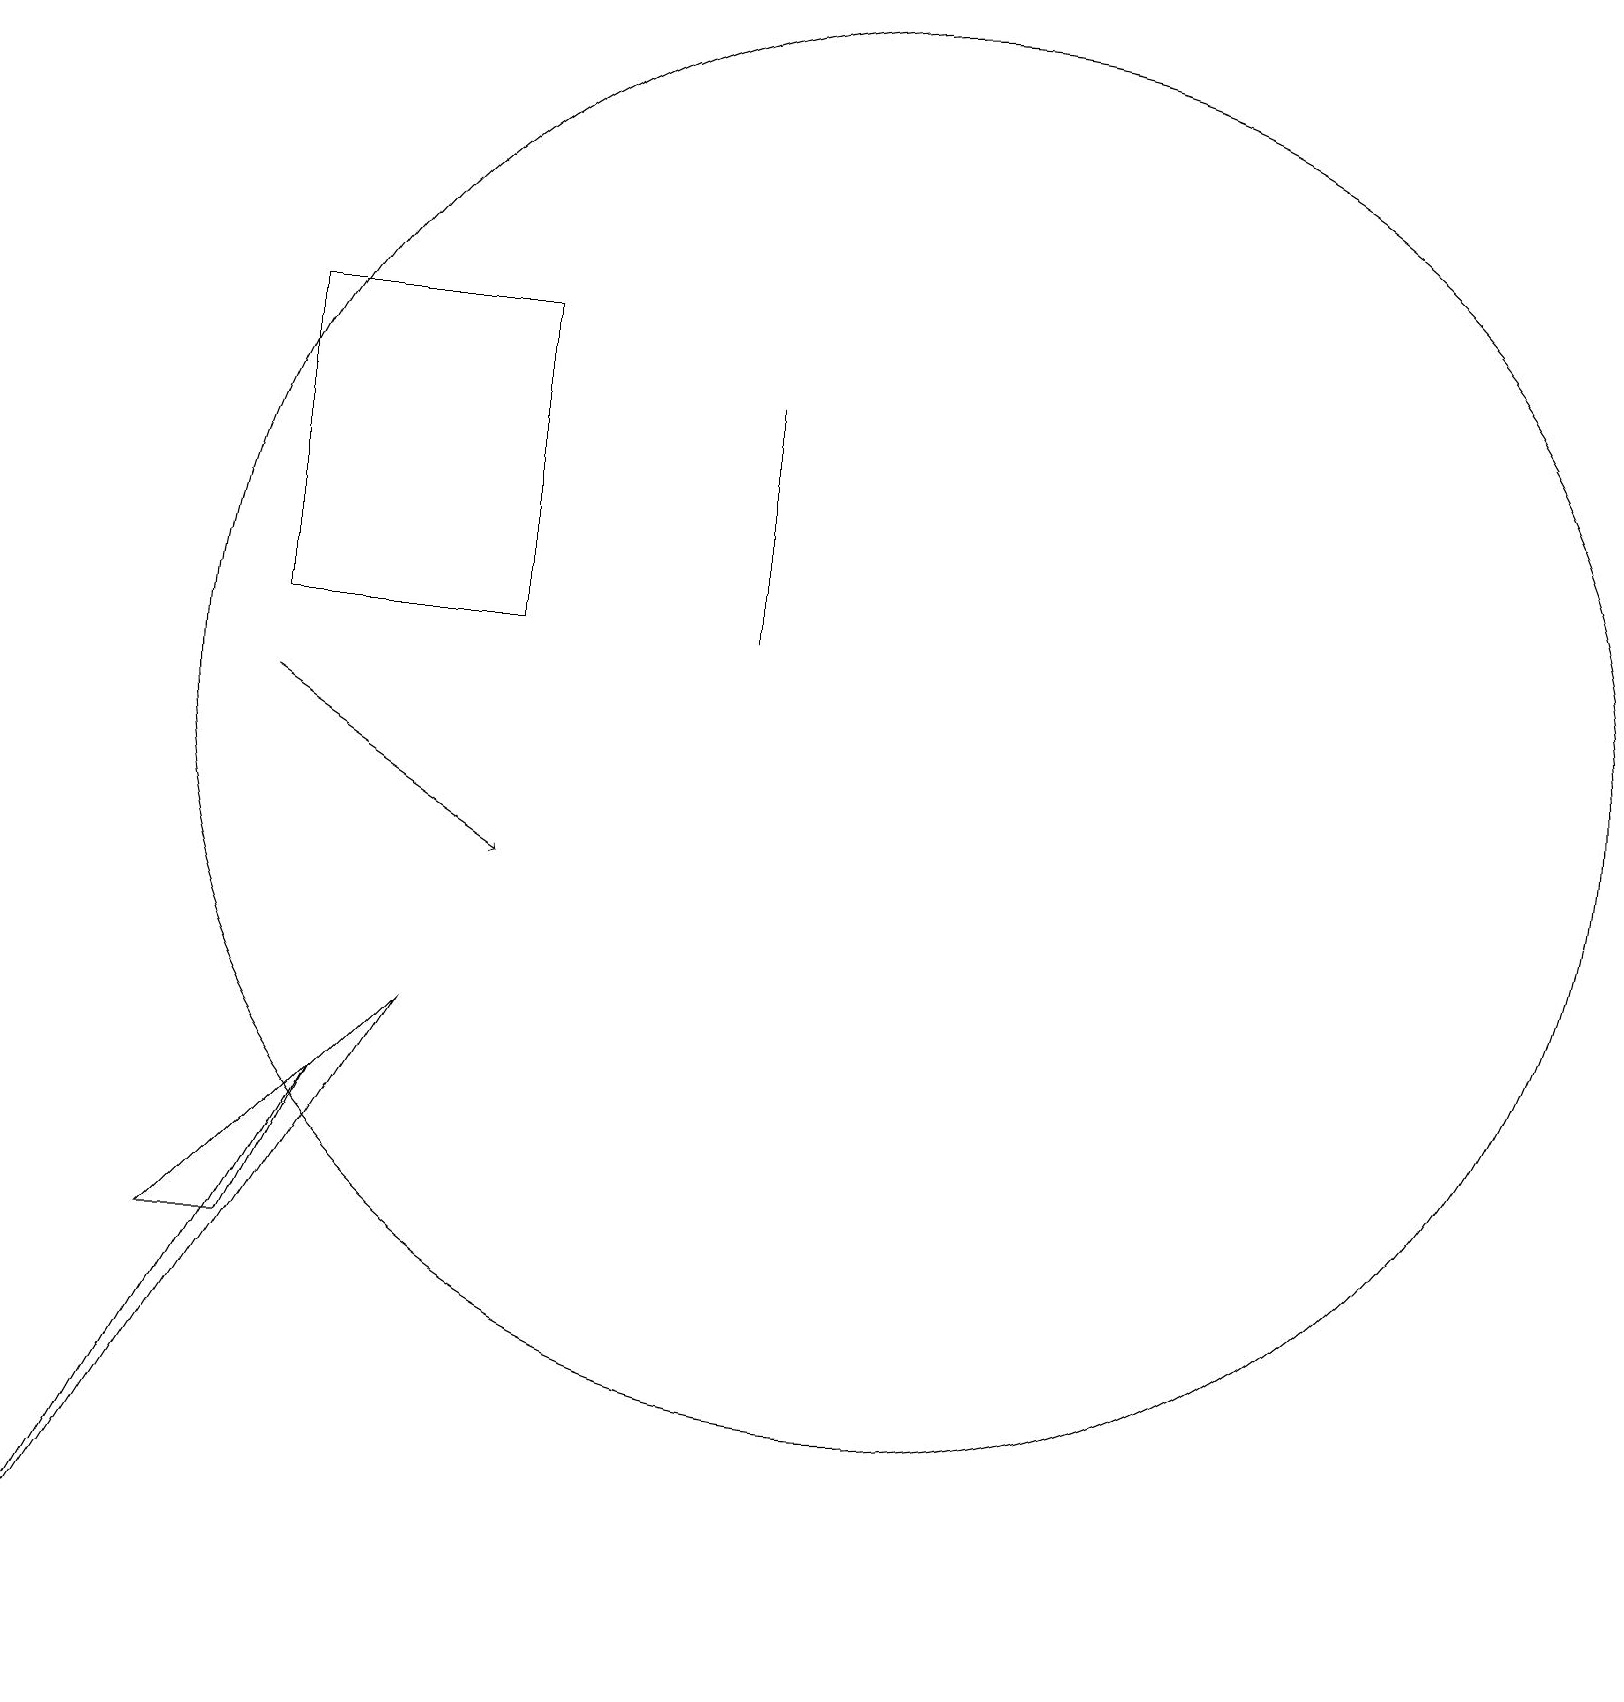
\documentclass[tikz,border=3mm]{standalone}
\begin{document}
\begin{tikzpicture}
\draw (6,17) rectangle (3,13);
\draw[->] (3,12) -- (6,10);
\draw (9,16) rectangle (9,13);
\draw (3,5) -- (4,7) -- (2,5) -- cycle;
\draw (0,0) -- (5,8) -- (4,7) -- cycle;
\draw (11,12) circle (9);
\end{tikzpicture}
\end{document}